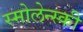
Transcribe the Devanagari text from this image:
स्मोलेन्स्की